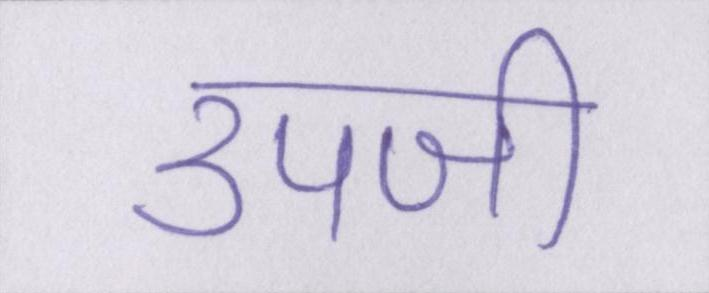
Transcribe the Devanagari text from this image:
उपजी